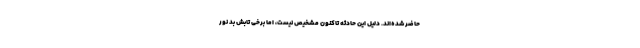
حاضر شده‌اند. دلیل این حادثه تاکنون مشخیص نیست، اما برخی تابش بد نور